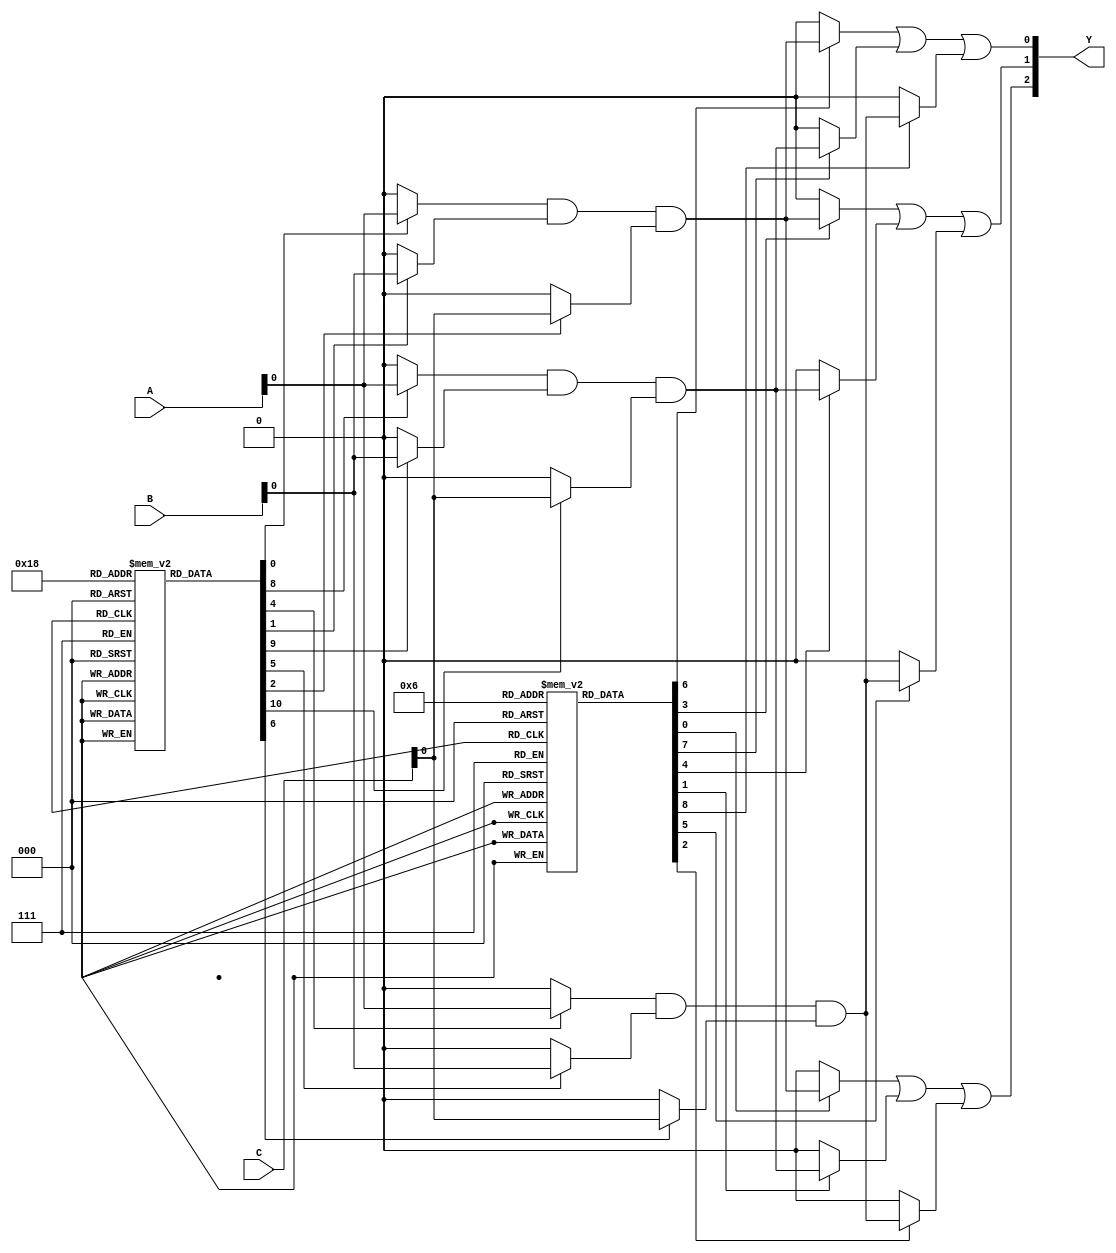
module fuse_based_PLA (
    input wire [2:0] A,    // Example input signals (A, B, C)
    input wire [2:0] B,    // Extend as needed
    input wire [2:0] C,
    output wire [2:0] Y    // Example output signals (Y1, Y2, Y3)
);

    // Parameters for the number of AND gates and OR gates
    parameter NUM_AND_GATES = 4;
    parameter NUM_OR_GATES = 3;

    // AND plane (Programmable AND gates)
    wire [NUM_AND_GATES-1:0] P; // Product terms from AND gates

    // Example fuse configuration for AND gates
    // 1 means the connection is intact, 0 means the fuse is blown
    reg [NUM_AND_GATES-1:0] fuse_and [0:2]; // Fuse configurations for inputs A, B, C

    // Initialize fuse configurations (for example purposes)
    initial begin
        // Fuse configurations for AND gates
        // Each row corresponds to an AND gate's inputs
        fuse_and[0] = 3'b111; // AND1: A & B & C
        fuse_and[1] = 3'b110; // AND2: A & B
        fuse_and[2] = 3'b101; // AND3: A & C
        fuse_and[3] = 3'b011; // AND4: B & C
    end

    // Generate product terms based on fuse configurations
    generate
        genvar i;
        for (i = 0; i < NUM_AND_GATES; i = i + 1) begin : and_gate
            assign P[i] = 
                (fuse_and[i][0] ? A : 1'b0) &
                (fuse_and[i][1] ? B : 1'b0) &
                (fuse_and[i][2] ? C : 1'b0);
        end
    endgenerate

    // OR plane (Programmable OR gates)
    wire [NUM_OR_GATES-1:0] Y; // Outputs from OR gates

    // Example fuse configuration for OR gates
    reg [NUM_OR_GATES-1:0] fuse_or [0:NUM_AND_GATES-1]; // Fuse configurations for product terms

    // Initialize fuse configurations (for example purposes)
    initial begin
        // Fuse configurations for OR gates
        // Each row corresponds to an OR gate's inputs from product terms
        fuse_or[0] = 4'b0111; // OR1: P1, P2, P3
        fuse_or[1] = 4'b1100; // OR2: P1, P2
        fuse_or[2] = 4'b0001; // OR3: P4
    end

    // Generate outputs based on fuse configurations
    generate
        genvar j;
        for (j = 0; j < NUM_OR_GATES; j = j + 1) begin : or_gate
            assign Y[j] = 
                (fuse_or[j][0] ? P[0] : 1'b0) |
                (fuse_or[j][1] ? P[1] : 1'b0) |
                (fuse_or[j][2] ? P[2] : 1'b0) |
                (fuse_or[j][3] ? P[3] : 1'b0);
        end
    endgenerate

endmodule